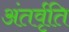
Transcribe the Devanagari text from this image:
अंतर्वृति